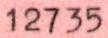
12735